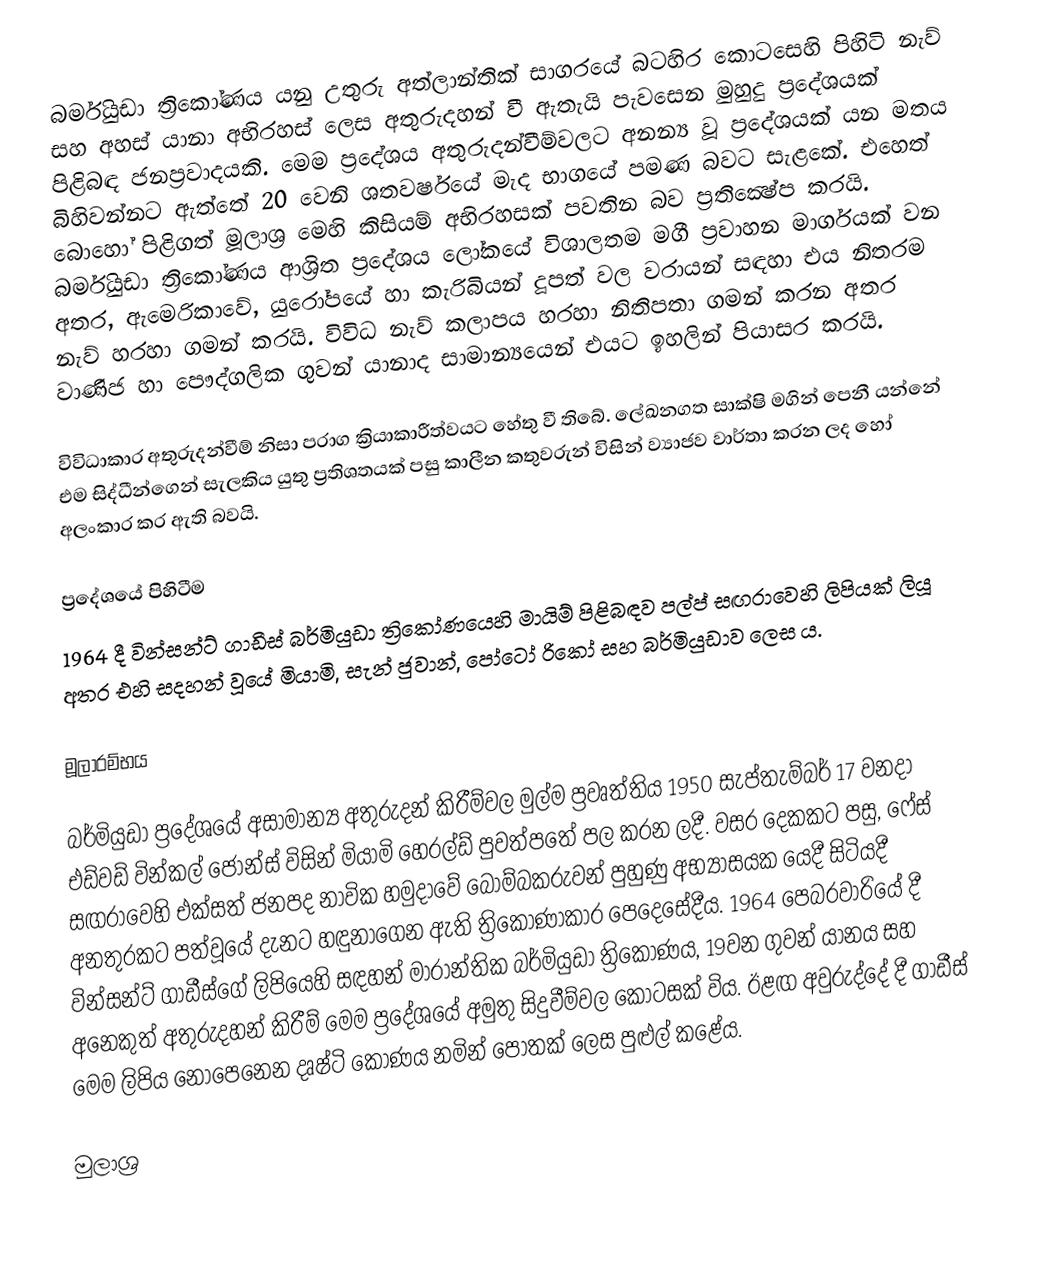
බර්මියුඩා ත්‍රිකෝණය යනු උතුරු අත්ලාන්තික් සාගරයේ බටහිර කොටසෙහි පිහිටි නැව් සහ අහස් යානා අභිරහස් ලෙස අතුරුදහන් වී ඇතැයි පැවසෙන මුහුදු ප්‍රදේශයක් පිළිබඳ ජනප්‍රවාදයකි. මෙම ප්‍රදේශය අතුරුදන්වීම්වලට අනන්‍ය වූ ප්‍රදේශයක් යන මතය බිහිවන්නට ඇත්තේ 20 වෙනි ශතවර්ෂයේ මැද භාගයේ පමණ බවට සැළකේ. එහෙත් බොහෝ පිළිගත් මූලාශ්‍ර මෙහි කිසියම් අභිරහසක් පවතින බව ප්‍රතික්‍ෂේප කරයි. බර්මියුඩා ත්‍රිකෝණය ආශ්‍රිත ප්‍රදේශය ලෝකයේ විශාලතම මගී ප්‍රවාහන මාර්ගයක් වන අතර, ඇමෙරිකාවේ, යුරෝපයේ හා කැරිබියන් දූපත් වල වරායන් සඳහා එය නිතරම නැව් හරහා ගමන් කරයි. විවිධ නැව් කලාපය හරහා නිතිපතා ගමන් කරන අතර වාණිජ හා පෞද්ගලික ගුවන් යානාද සාමාන්‍යයෙන් එයට ඉහලින් පියාසර කරයි.

විවිධාකාර අතුරුදන්වීම් නිසා පරාග ක්‍රියාකාරීත්වයට හේතු වී තිබේ. ලේඛනගත සාක්ෂි මගින් පෙනී යන්නේ එම සිද්ධීන්ගෙන් සැලකිය යුතු ප්‍රතිශතයක් පසු කාලීන කතුවරුන් විසින් ව්‍යාජව වාර්තා කරන ලද හෝ අලංකාර කර ඇති බවයි.

ප්‍රදේශයේ පිහිටීම
1964 දී වින්සන්ට් ගාඩීස් බර්මියුඩා ත්‍රිකෝණයෙහි මායිම් පිළිබඳව පල්ප් සඟරාවෙහි ලිපියක් ලියූ අතර එහි සදහන් වූයේ මියාමි, සැන් ජුවාන්, පෝටෝ රිකෝ සහ බර්මියුඩාව ලෙස ය.

මූලාරම්භය

බර්මියුඩා ප්‍රදේශයේ අසාමාන්‍ය අතුරුදන් කිරීම්වල මුල්ම ප්‍රවෘත්තිය 1950 සැප්තැම්බර් 17 වනදා එඩ්වඩ් වින්කල් ජෝන්ස් විසින් මියාමි හෙරල්ඩ් පුවත්පතේ පල කරන ලදී. වසර දෙකකට පසු, ෆේස් සඟරාවෙහි එක්සත් ජනපද නාවික හමුදාවේ බෝම්බකරුවන් පුහුණු අභ්‍යාසයක යෙදී සිටියදී අනතුරකට පත්වූයේ දැනට හඳුනාගෙන ඇති ත්‍රිකෝණාකාර පෙදෙසේදීය. 1964 පෙබරවාරියේ දී වින්සන්ට් ගාඩීස්ගේ ලිපියෙහි සඳහන් මාරාන්තික බර්මියුඩා ත්‍රිකෝණය, 19වන ගුවන් යානය සහ අනෙකුත් අතුරුදහන් කිරීම් මෙම ප්‍රදේශයේ අමුතු සිදුවීම්වල කොටසක් විය. ඊළඟ අවුරුද්දේ දී ගාඩීස් මෙම ලිපිය නොපෙනෙන දෘෂ්ටි කෝණය නමින් පොතක් ලෙස පුළුල් කළේය.

මුලාශ්‍ර